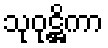
သုဝုဋ္ဌိကာ